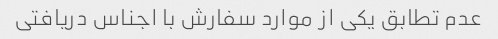
عدم تطابق یکی از موارد سفارش با اجناس دریافتی